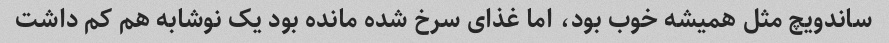
ساندویچ مثل همیشه خوب بود، اما غذای سرخ شده مانده بود یک نوشابه هم کم داشت